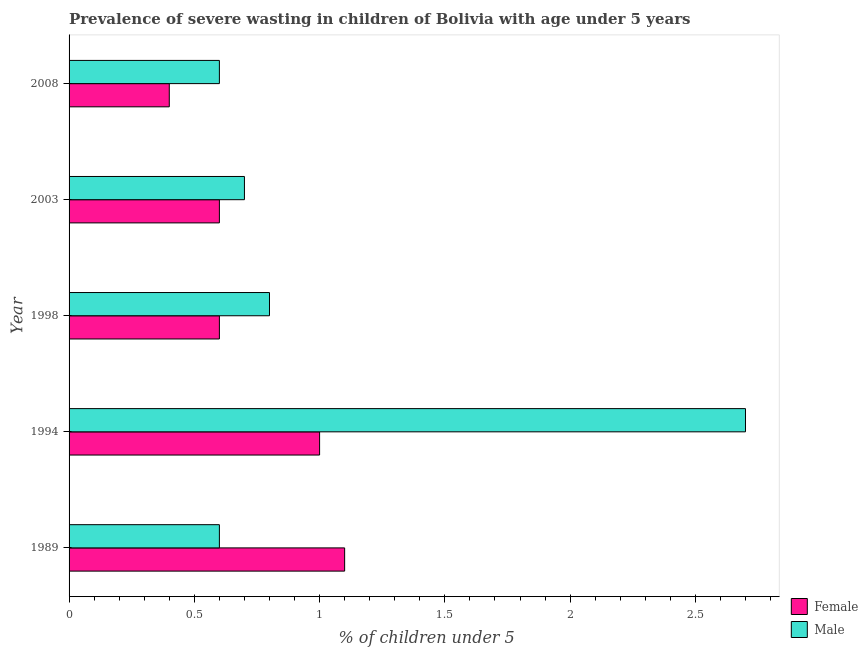
| Year | Female | Male |
 | --- | --- | --- |
 | 1989 | 1.1 | 0.6 |
 | 1994 | 1 | 2.7 |
 | 1998 | 0.6 | 0.8 |
 | 2003 | 0.6 | 0.7 |
 | 2008 | 0.4 | 0.6 |